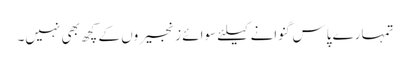
تمہارے پاس گنوانے کیلئے سوائے زنجیروں کے کچھ بھی نہیں۔